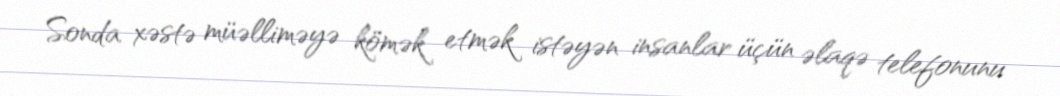
Sonda xəstə müəlliməyə kömək etmək istəyən insanlar üçün əlaqə telefonunu